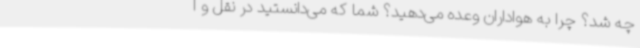
چه شد؟ چرا به هواداران وعده می‌دهید؟ شما که می‌دانستید در نقل و ا